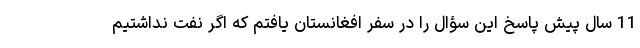
11 سال پیش پاسخ این سؤال را در سفر افغانستان یافتم که اگر نفت نداشتیم